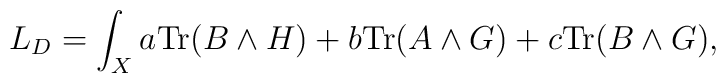
L_{D}=\int_{X}a{\rm Tr}(B\wedge H)+b{\rm Tr}(A\wedge G)+c{\rm Tr}(B\wedge G),